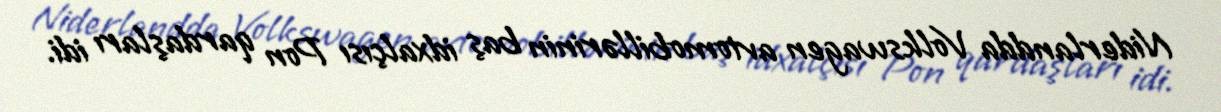
Niderlandda Volkswagen avtomobillərinin baş idxalçısı Pon qardaşları idi.